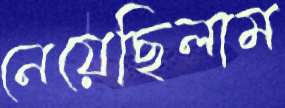
নেয়েছিলাম